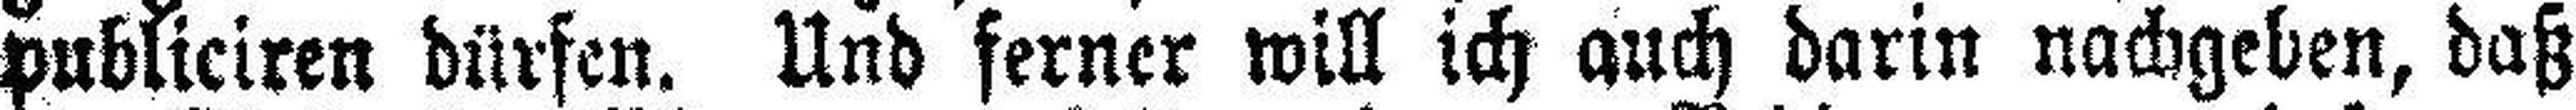
publiciren dürfen. Und ferner will ich auch darin nachgeben, daß